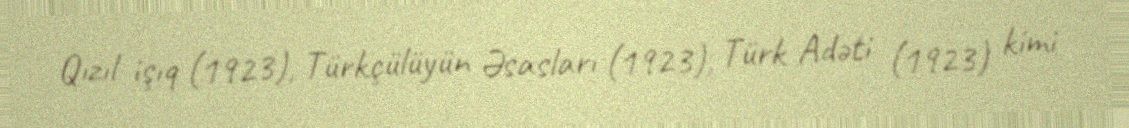
Qızıl işıq (1923), Türkçülüyün Əsasları (1923), Türk Adəti (1923) kimi